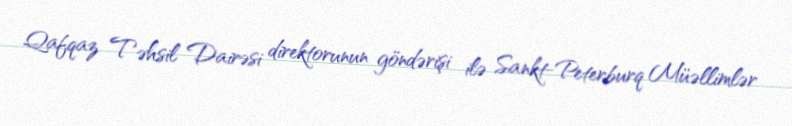
Qafqaz Təhsil Dairəsi direktorunun göndərişi ilə Sankt-Peterburq Müəllimlər